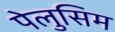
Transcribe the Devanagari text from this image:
पेलुसिम